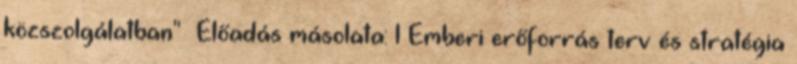
közszolgálatban"— Előadás másolata: 1 Emberi erőforrás terv és stratégia